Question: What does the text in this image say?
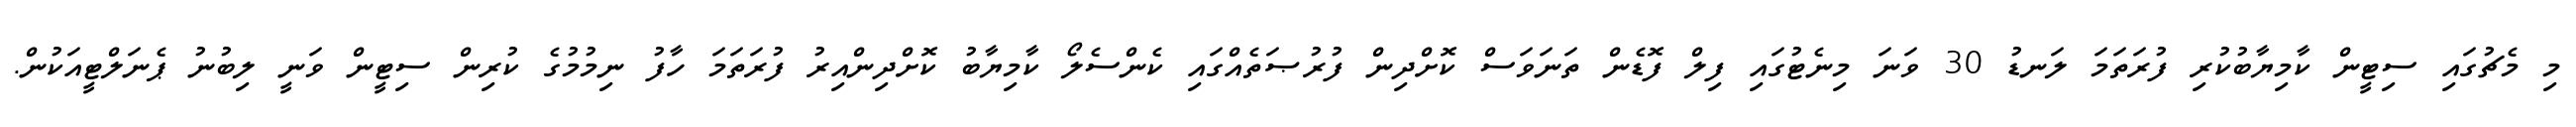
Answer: މި މެޗުގައި ސިޓީން ކާމިޔާބުކުރި ފުރަތަމަ ލަނޑު 30 ވަނަ މިނެޓުގައި ފިލް ފޮޑެން ތަނަވަސް ކޮށްދިން ފުރުޞަތެއްގައި ކެންސެލޯ ކާމިޔާބު ކޮށްދިންއިރު ފުރަތަމަ ހާފު ނިމުމުގެ ކުރިން ސިޓީން ވަނީ ލިބުނު ޕެނަލްޓީއަކުން.